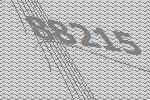
88215